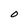
Character: O